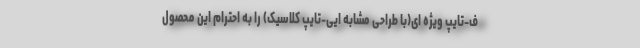
ف-تایپ ویژه ای(با طراحی مشابه ایی-تایپ کلاسیک) را به احترام این محصول